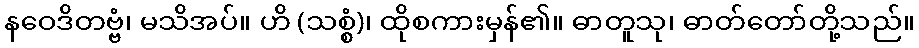
နဝေဒိတဗ္ဗံ၊ မသိအပ်။ ဟိ (သစ္စံ)၊ ထိုစကားမှန်၏။ ဓာတူသု၊ ဓာတ်တော်တို့သည်။